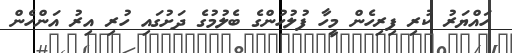
ހައްޔަރު ކުރި ފިރިހެން މީހާ ފުލުހުންގެ ބެލުމުގެ ދަށުގައި ހުރި އިރު އަންހެން